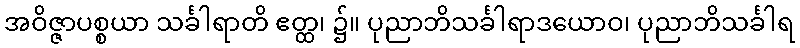
အဝိဇ္ဇာပစ္စယာ သင်္ခါရာတိ ဧတ္ထ၊ ၌။ ပုညာဘိသင်္ခါရာဒယောဝ၊ ပုညာဘိသင်္ခါရ